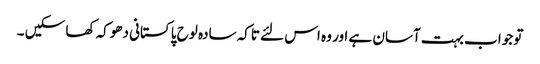
تو جواب بہت آسان ہے اور وہ اس لئے تاکہ سادہ لوح پاکستانی دھوکہ کھا سکیں ۔